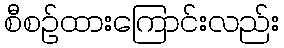
စီစဉ်ထားကြောင်းလည်း